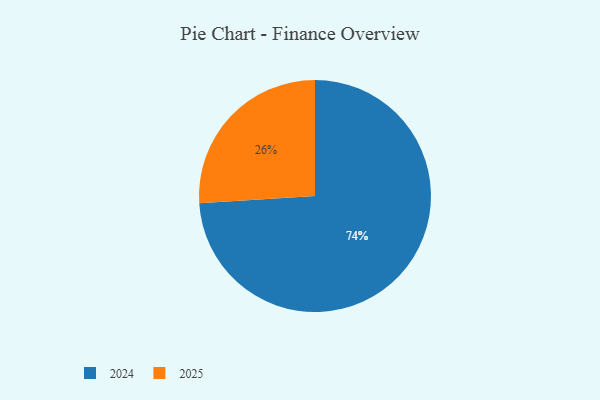
{"axis": {"x": "Category", "y": "Percentage"}, "legend": ["2024", "2025"], "data": [{"x": "2025", "y": 26, "type": "2025"}, {"x": "2024", "y": 74, "type": "2024"}]}